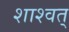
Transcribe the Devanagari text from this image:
शाश्वत्‌